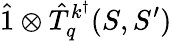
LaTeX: \hat{1}\otimes\hat{T}_{q}^{k^{\dagger}}(S,S^{\prime})